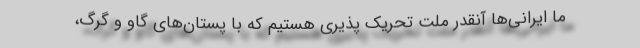
ما ایرانی‌ها آنقدر ملت تحریک پذیری هستیم که با پستان‌های گاو و گرگ،